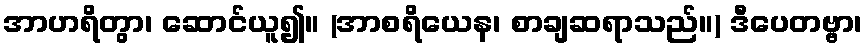
အာဟရိတွာ၊ ဆောင်ယူ၍။ (အာစရိယေန၊ စာချဆရာသည်။) ဒီပေတဗ္ဗာ၊